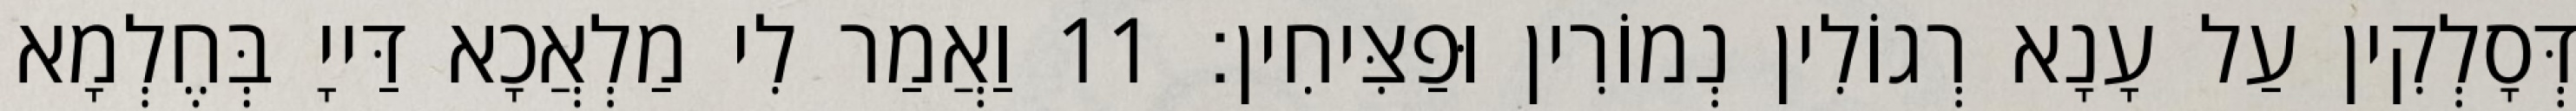
דְּסָלְקִין עַל עָנָא רְגוֹלִין נְמוֹרִין וּפַצִּיחִין׃ 11 וַאֲמַר לִי מַלְאֲכָא דַּייָ בְּחֶלְמָא